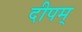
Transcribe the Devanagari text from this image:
दीपम्